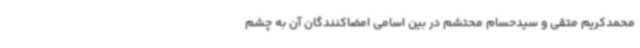
محمدکریم متقی و سیدحسام محتشم در بین اسامی امضاکنندگان آن به چشم